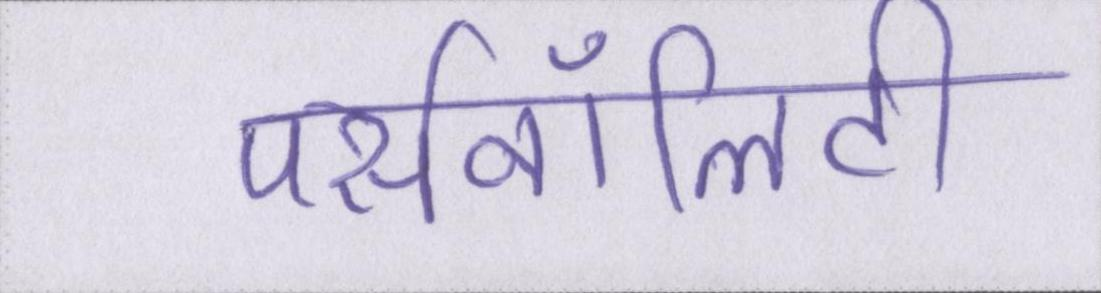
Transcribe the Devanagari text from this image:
पर्सनॉलिटी